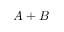
A + B